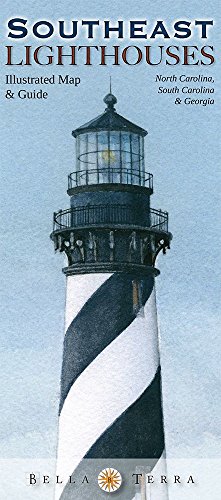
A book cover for Southeast Lighthouses Illustrated Map & Guide; Bella Stander; Travel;